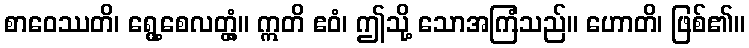
စာဝေဿတိ၊ ရွေ့စေလတ္တံ့။ ဣတိ ဧဝံ၊ ဤသို့ သောအကြံသည်။ ဟောတိ၊ ဖြစ်၏။